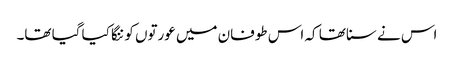
اس نے سنا تھا کہ اس طوفان میں عورتوں کو ننگا کیا گیا تھا۔